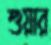
শুয়ার